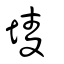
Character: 堎